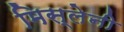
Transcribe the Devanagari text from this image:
मिस्लेनी